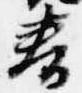
春